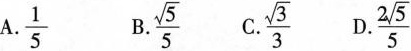
A. \frac{1}{5} B.\frac{\sqrt{5}}{5} C.\frac{\sqrt{3}}{3} D.\frac{2 \sqrt{5}}{5}